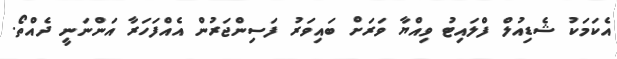
އެކަމަކު ޝެޑިއުލް ފްލައިޓު ވިއްޔާ ވަރަށް ބައިވަރު ފަސިންޖަރުން އެއްފަހަރާ އަންނަނީ ދެއްތޯ.